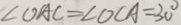
\angle O A C = \angle O C A = 3 0 ^ { \circ }